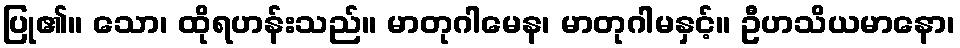
ပြု၏။ သော၊ ထိုရဟန်းသည်။ မာတုဂါမေန၊ မာတုဂါမနှင့်။ ဦဟသိယမာနော၊